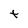
Character: t